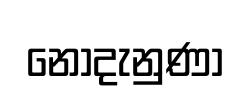
නොදැනුණා